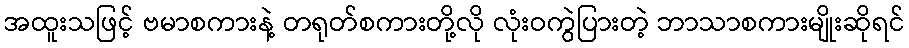
အထူးသဖြင့် ဗမာစကားနဲ့ တရုတ်စကားတို့လို လုံးဝကွဲပြားတဲ့ ဘာသာစကားမျိုးဆိုရင်